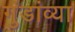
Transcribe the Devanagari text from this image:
गुंडांव्या